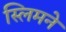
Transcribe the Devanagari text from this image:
स्लिमने